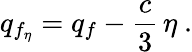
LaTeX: q_{f_{\eta}}=q_{f}-{\frac{c}{3}}\, \eta~.